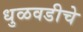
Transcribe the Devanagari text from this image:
धुळवडीचे